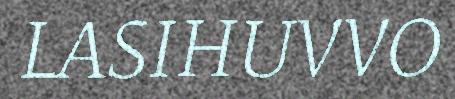
LASIHUVVO